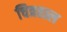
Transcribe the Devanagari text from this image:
चित्रताल